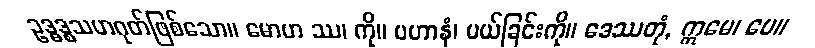
ဥဒ္ဓဒ္စသဟဂုတ်ဖြစ်သော။ မောဟ ဿ၊ ကို။ ပဟာနံ၊ ပယ်ခြင်းကို။ ဒေဿတုံ, ဣမေ၊ ပေ။